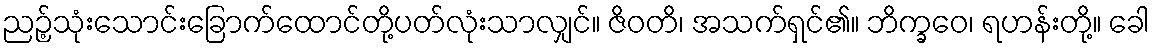
ညဉ့်သုံးသောင်းခြောက်ထောင်တို့ပတ်လုံးသာလျှင်။ ဇိဝတိ၊ အသက်ရှင်၏။ ဘိက္ခဝေ၊ ရဟန်းတို့။ ခေါ